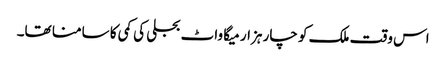
اس وقت ملک کو چار ہزار میگا واٹ بجلی کی کمی کا سامنا تھا۔